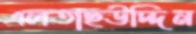
এলতাছউদ্দিন